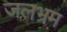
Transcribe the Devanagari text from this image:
जलभ्रम